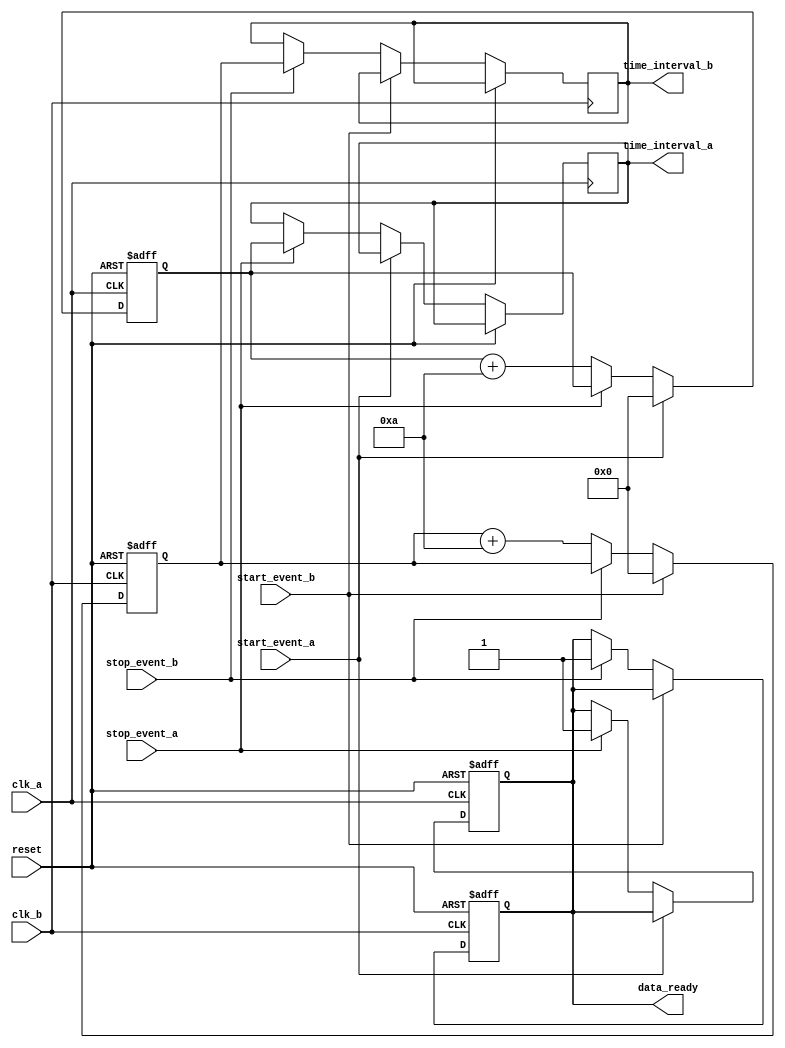
module MultiDomainTDC (
    input wire clk_a,                // Clock domain A
    input wire clk_b,                // Clock domain B
    input wire reset,                // Reset signal
    input wire start_event_a,        // Start event signal for domain A
    input wire stop_event_a,         // Stop event signal for domain A
    input wire start_event_b,        // Start event signal for domain B
    input wire stop_event_b,         // Stop event signal for domain B
    output reg [31:0] time_interval_a, // Time interval for domain A
    output reg [31:0] time_interval_b, // Time interval for domain B
    output reg data_ready            // Data ready signal
);

// Parameters
parameter MAX_EVENTS = 256;        // Maximum events to store
parameter TIME_RESOLUTION = 10;     // Time resolution (e.g., 10 ps)

// Memory block for storing time intervals
reg [31:0] time_memory_a [0:MAX_EVENTS-1];
reg [31:0] time_memory_b [0:MAX_EVENTS-1];
reg [7:0] event_count_a = 0;
reg [7:0] event_count_b = 0;

// Time Measurement Unit (TMU)
reg [31:0] time_counter_a = 0;
reg [31:0] time_counter_b = 0;

// Input Stage - Edge detection
always @(posedge clk_a or posedge reset) begin
    if (reset) begin
        time_counter_a <= 0;
        data_ready <= 0;
    end else begin
        if (start_event_a) begin
            time_counter_a <= 0; // Reset counter on start event
        end else if (stop_event_a) begin
            time_interval_a <= time_counter_a; // Capture interval
            time_memory_a[event_count_a] <= time_counter_a; // Store in memory
            event_count_a <= event_count_a + 1;
            data_ready <= 1; // Indicate data ready
        end else begin
            time_counter_a <= time_counter_a + TIME_RESOLUTION; // Increment counter
        end
    end
end

always @(posedge clk_b or posedge reset) begin
    if (reset) begin
        time_counter_b <= 0;
        data_ready <= 0;
    end else begin
        if (start_event_b) begin
            time_counter_b <= 0; // Reset counter on start event
        end else if (stop_event_b) begin
            time_interval_b <= time_counter_b; // Capture interval
            time_memory_b[event_count_b] <= time_counter_b; // Store in memory
            event_count_b <= event_count_b + 1;
            data_ready <= 1; // Indicate data ready
        end else begin
            time_counter_b <= time_counter_b + TIME_RESOLUTION; // Increment counter
        end
    end
end

// Output Interface
// Additional interface logic can be implemented here as needed

endmodule